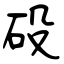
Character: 砓